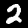
Digit: 2